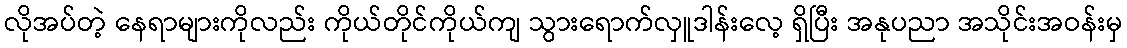
လိုအပ်တဲ့ နေရာများကိုလည်း ကိုယ်တိုင်ကိုယ်ကျ သွားရောက်လှူဒါန်းလေ့ ရှိပြီး အနုပညာ အသိုင်းအဝန်းမှ